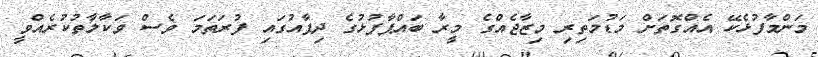
މަންމާފުޅެކޭ އެއްގޮތަށް މަޑުމަތިރި މިޒާޖެއްގެ މީރާ ބައްޕާފުޅުގެ ދިފާއުގައި ފުރަތަމަ ވެސް ވަކާލާތުކުރެއްވީ